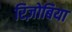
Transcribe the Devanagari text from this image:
रिज़ोबिया